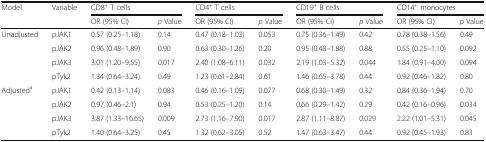
<table><thead><tr><td><b>Model</b></td><td><b>Variable</b></td><td colspan="2"><b>CD8<sup>+</sup> T cells</b></td><td colspan="2"><b>CD4<sup>+</sup> T cells</b></td><td colspan="2"><b>CD19<sup>+</sup> B cells</b></td><td colspan="2"><b>CD14<sup>+</sup> monocytes</b></td></tr><tr><td>[EMPTY_CELL]</td><td>[EMPTY_CELL]</td><td><b>OR (95% CI)</b></td><td><b><i>p</i> Value</b></td><td><b>OR (95% CI)</b></td><td><b><i>p</i> Value</b></td><td><b>OR (95% CI)</b></td><td><b><i>p</i> Value</b></td><td><b>OR (95% CI)</b></td><td><b><i>p</i> Value</b></td></tr></thead><tbody><tr><td>Unadjusted</td><td>pJAK1</td><td>0.57 (0.25–1.18)</td><td>0.14</td><td>0.47 (0.18–1.03)</td><td>0.053</td><td>0.75 (0.36–1.49)</td><td>0.42</td><td>0.78 (0.38–1.56)</td><td>0.49</td></tr><tr><td>[EMPTY_CELL]</td><td>pJAK2</td><td>0.96 (0.48–1.89)</td><td>0.90</td><td>0.63 (0.30–1.26)</td><td>0.20</td><td>0.95 (0.48–1.88)</td><td>0.88</td><td>0.55 (0.25–1.10)</td><td>0.092</td></tr><tr><td>[EMPTY_CELL]</td><td>pJAK3</td><td>3.01 (1.20–9.55)</td><td>0.017</td><td>2.40 (1.08–6.11)</td><td>0.032</td><td>2.19 (1.03–5.32)</td><td>0.044</td><td>1.84 (0.91–4.00)</td><td>0.094</td></tr><tr><td>[EMPTY_CELL]</td><td>pTyk2</td><td>1.34 (0.64–3.24)</td><td>0.49</td><td>1.23 (0.61–2.84)</td><td>0.61</td><td>1.46 (0.65–3.78)</td><td>0.44</td><td>0.92 (0.46–1.82)</td><td>0.80</td></tr><tr><td>Adjusted<sup>a</sup></td><td>pJAK1</td><td>0.42 (0.13–1.14)</td><td>0.083</td><td>0.46 (0.16–1.09)</td><td>0.077</td><td>0.68 (0.30–1.49)</td><td>0.32</td><td>0.84 (0.36–1.94)</td><td>0.70</td></tr><tr><td>[EMPTY_CELL]</td><td>pJAK2</td><td>0.97 (0.46–2.1)</td><td>0.94</td><td>0.53 (0.25–1.20)</td><td>0.14</td><td>0.66 (0.29–1.42)</td><td>0.29</td><td>0.42 (0.16–0.96)</td><td>0.034</td></tr><tr><td>[EMPTY_CELL]</td><td>pJAK3</td><td>3.87 (1.33–16.65)</td><td>0.009</td><td>2.73 (1.16–7.90)</td><td>0.017</td><td>2.87 (1.11–8.87)</td><td>0.029</td><td>2.22 (1.01–5.31)</td><td>0.045</td></tr><tr><td>[EMPTY_CELL]</td><td>pTyk2</td><td>1.40 (0.64–3.25)</td><td>0.45</td><td>1.32 (0.62–3.05)</td><td>0.52</td><td>1.47 (0.63–3.47)</td><td>0.44</td><td>0.92 (0.45–1.93)</td><td>0.83</td></tr></tbody></table>